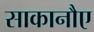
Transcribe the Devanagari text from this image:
साकानौए